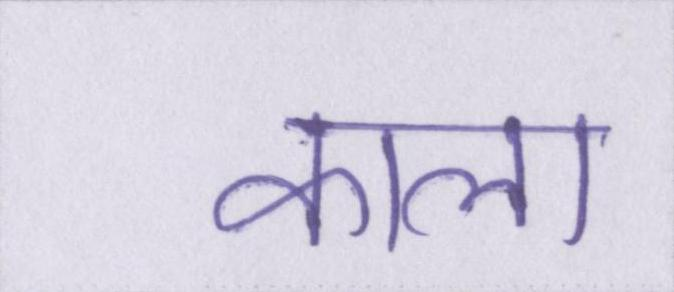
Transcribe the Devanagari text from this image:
काला